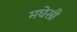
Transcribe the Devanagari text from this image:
मघेसी